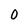
Character: 0